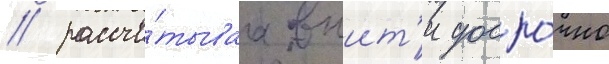
/ рассчи́тываа выит'и досро́чно